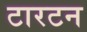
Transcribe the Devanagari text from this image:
टारटन